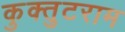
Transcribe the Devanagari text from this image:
कुक्तुटराम